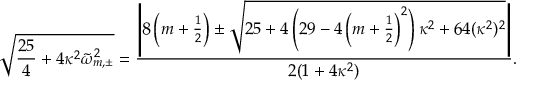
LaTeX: \sqrt { \frac { 2 5 } { 4 } + 4 \kappa ^ { 2 } \tilde { \omega } _ { m , \pm } ^ { 2 } } = \frac { \left| 8 \left( m + \frac 1 2 \right) \pm \sqrt { 2 5 + 4 \left( 2 9 - 4 \left( m + \frac 1 2 \right) ^ { 2 } \right) \kappa ^ { 2 } + 6 4 ( \kappa ^ { 2 } ) ^ { 2 } } \right| } { 2 ( 1 + 4 \kappa ^ { 2 } ) } .